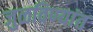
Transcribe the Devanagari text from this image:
जुळविण्यांत